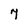
Character: 7